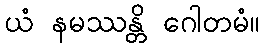
ယံ နမဿန္တိ ဂေါတမံ။